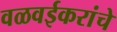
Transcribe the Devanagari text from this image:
वळवईकरांचे